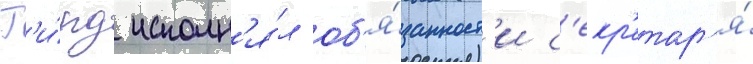
Г'и́рд исполн'я́л об'я́занност'и с'екр'етар'я́